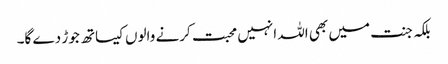
بلکہ جنت میں بھی اللہ انہیں محبت کرنے والوں کیساتھ جوڑ دے گا۔